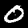
Label: 0